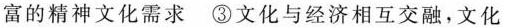
富的精神文化需求③文化与经济相互交融，文化